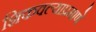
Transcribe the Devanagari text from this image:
शिकवल्याप्रमाणे